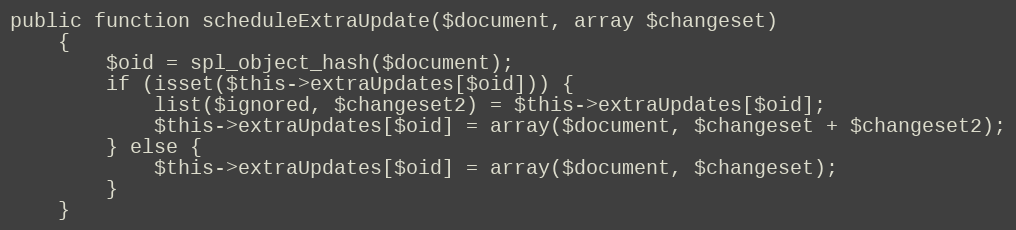
Language: PHP
public function scheduleExtraUpdate($document, array $changeset)
    {
        $oid = spl_object_hash($document);
        if (isset($this->extraUpdates[$oid])) {
            list($ignored, $changeset2) = $this->extraUpdates[$oid];
            $this->extraUpdates[$oid] = array($document, $changeset + $changeset2);
        } else {
            $this->extraUpdates[$oid] = array($document, $changeset);
        }
    }